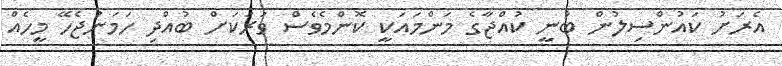
އެރަށު ކައުންސިލުން ބުނީ ކުއްޖާގެ މަންމައަކީ ކޮންމެވެސް ވަރަކަށް ބުއްދި ހަމަނުޖެހޭ މީހެއް